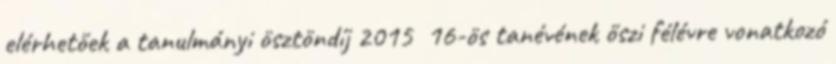
elérhetőek a tanulmányi ösztöndíj 2015 16-ös tanévének őszi félévre vonatkozó